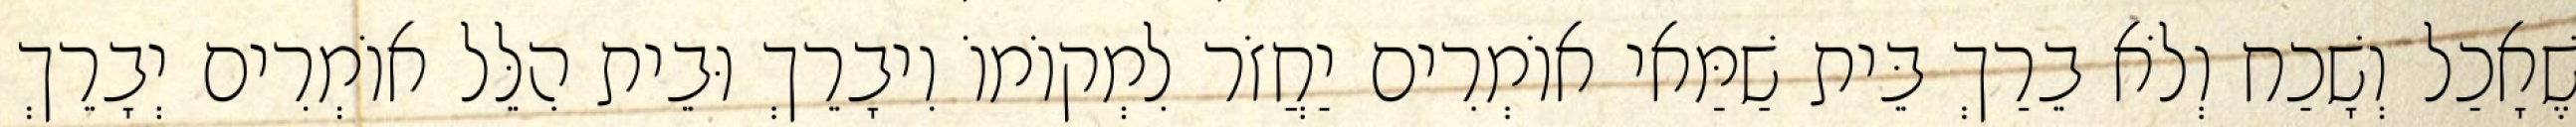
שֶׁאָכַל וְשָׁכַח וְלֹא בֵרַךְ בֵּית שַׁמַּאי אוֹמְרִים יַחֲזֹר לִמְקוֹמוֹ וִיבָרֵךְ וּבֵית הִלֵּל אוֹמְרִים יְבָרֵךְ